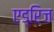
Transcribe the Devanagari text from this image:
एड्रिज